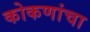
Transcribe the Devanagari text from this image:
कोकणांचा